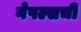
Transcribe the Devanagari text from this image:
नेपल्सची